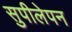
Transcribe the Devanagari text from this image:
सुपीलेपन